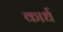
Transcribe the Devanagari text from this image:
कार्ध